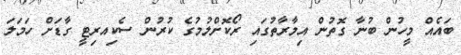
ބައެއް މީހުން ބުނާ ގޮތުން އިމާރާތުގައި ރޯކޮށްލުމުގެ ކުރުން ސެކިއރިޓީ ގާޑަށް ހަމަލަ